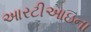
આરટીઆઇના